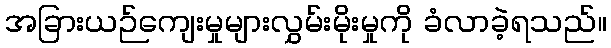
အခြားယဉ်ကျေးမှုများလွှမ်းမိုးမှုကို ခံလာခဲ့ရသည်။